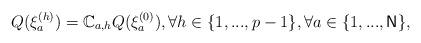
LaTeX: \begin{align*}Q(\xi _{a}^{(h)})=\mathbb{C}_{a,h}Q(\xi _{a}^{(0)}),\forall h\in\{1,...,p-1\},\forall a\in \{1,...,\mathsf{N}\},\end{align*}